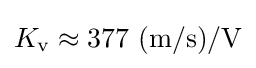
K_{\text{v}}\approx 377\ ({\text{m}}/{\text{s}})/{\text{V}}